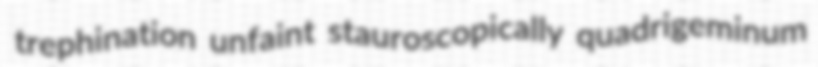
trephination unfaint stauroscopically quadrigeminum